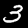
Digit: 3